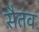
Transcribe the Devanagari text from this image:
सैतव